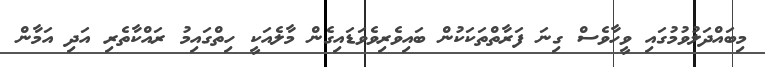
މިބައްދަލުވުމުގައި ވީހާވެސް ގިނަ ފަރާތްތަކަކުން ބައިވެރިވެވަޑައިގެން މާލެއަކީ ހިތްގައިމު ރައްކާތެރި އަދި އަމާން